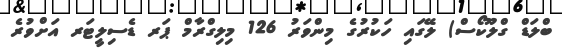
ބްލަޑް ގްލޫކޯސް) ލޭގައި ހަކުރުގެ މިންވަރު 126 މިލިގްރާމް ޕަރ ޑެސިލީޓަރ އަށްވުރެ